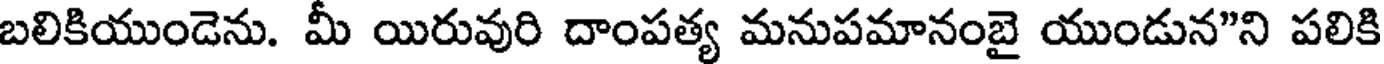
బలికియుండెను. మీ యిరువురి దాంపత్య మనుపమానంబై యుండున"ని పలికి